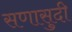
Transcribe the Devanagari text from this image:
सणासुदी